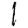
Digit: 1